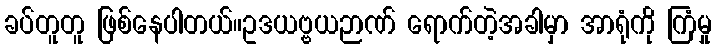
ခပ်တူတူ ဖြစ်နေပါတယ်။ဥဒယဗ္ဗယဉာဏ် ရောက်တဲ့အခါမှာ အာရုံကို ကြံမှု